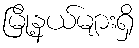
မြို့နယ်များရှိ